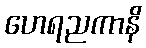
ဟေရညကာနိ